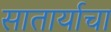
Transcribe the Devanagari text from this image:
सातार्याचा